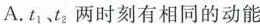
A.t_{1}、t_{2}两时刻有相同的动能